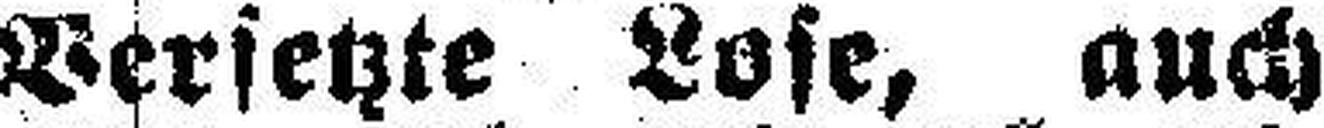
Versetzte Lose, auch